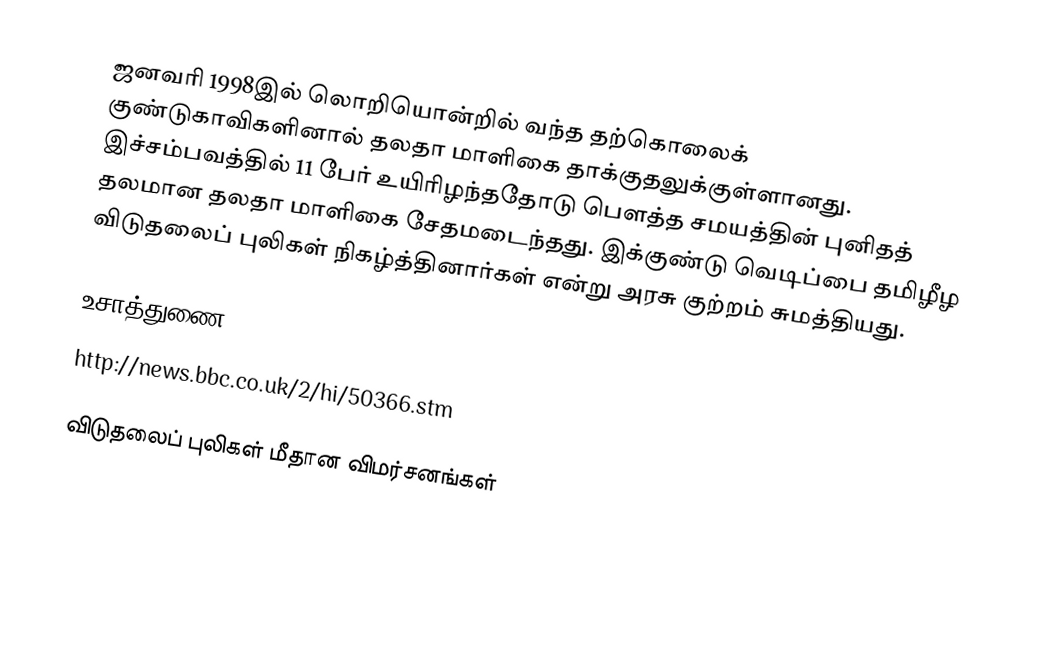
ஜனவரி 1998இல் லொறியொன்றில் வந்த தற்கொலைக் குண்டுகாவிகளினால் தலதா மாளிகை தாக்குதலுக்குள்ளானது. இச்சம்பவத்தில் 11 பேர் உயிரிழந்ததோடு பெளத்த சமயத்தின் புனிதத் தலமான தலதா மாளிகை சேதமடைந்தது.  இக்குண்டு வெடிப்பை தமிழீழ விடுதலைப் புலிகள் நிகழ்த்தினார்கள் என்று அரசு குற்றம் சுமத்தியது.

உசாத்துணை
 http://news.bbc.co.uk/2/hi/50366.stm

விடுதலைப் புலிகள் மீதான விமர்சனங்கள்